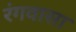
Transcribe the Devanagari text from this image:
रंगवासा